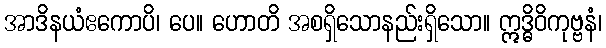
အာဒိနယံဧကောပိ၊ ပေ။ ဟောတိ အစရှိသောနည်းရှိသော။ ဣဒ္ဓိဝိကုဗ္ဗနံ၊